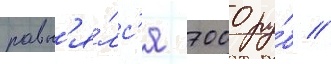
равн'я́лс'я 7000 ру́б //